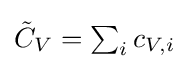
{\textstyle {\tilde {C}}_{V}=\sum _{i}c_{V,i}}